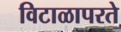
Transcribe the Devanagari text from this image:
विटाळापरते